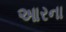
આરના